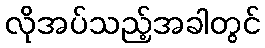
လိုအပ်သည့်အခါတွင်